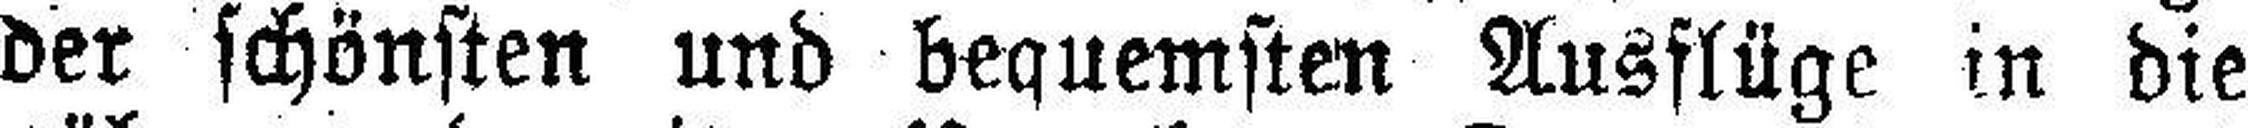
der schönsten und bequemsten Ausflüge in die